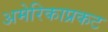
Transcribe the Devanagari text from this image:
अमेरिकाप्रकट